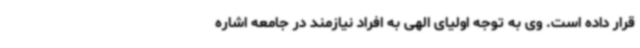
قرار داده است. وی به توجه اولیای الهی به افراد نیازمند در جامعه اشاره